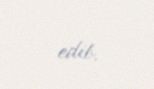
edib.